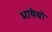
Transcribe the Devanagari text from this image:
भाषेचो